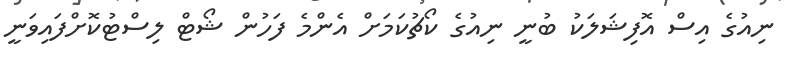
ނިއުގެ އިސް އޮފިޝަލަކު ބުނީ ނިއުގެ ކޯޗުކަމަށް އެންމެ ފަހުން ޝޯޓް ލިސްޓުކޮށްފައިވަނީ